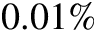
0 . 0 1 \%